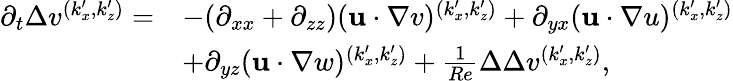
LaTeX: \begin{array}{rl}{\partial_{t}\Delta v^{(k_{x}^{\prime},k_{z}^{\prime})}=}&{-(\partial_{xx}+\partial_{zz})(\mathbf{u}\cdot\mathbf{\nabla}v)^{(k_{x}^{\prime},k_{z}^{\prime})}+\partial_{yx}(\mathbf{u}\cdot\mathbf{\nabla}u)^{(k_{x}^{\prime},k_{z}^{\prime})}}\\ &{+\partial_{yz}(\mathbf{u}\cdot\mathbf{\nabla}w)^{(k_{x}^{\prime},k_{z}^{\prime})}+\frac{1}{Re}\Delta\Delta v^{(k_{x}^{\prime},k_{z}^{\prime})},}\end{array}